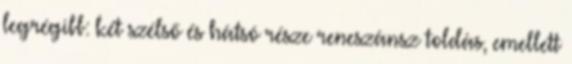
legrégibb: két szélső és hátsó része reneszánsz toldás, emellett